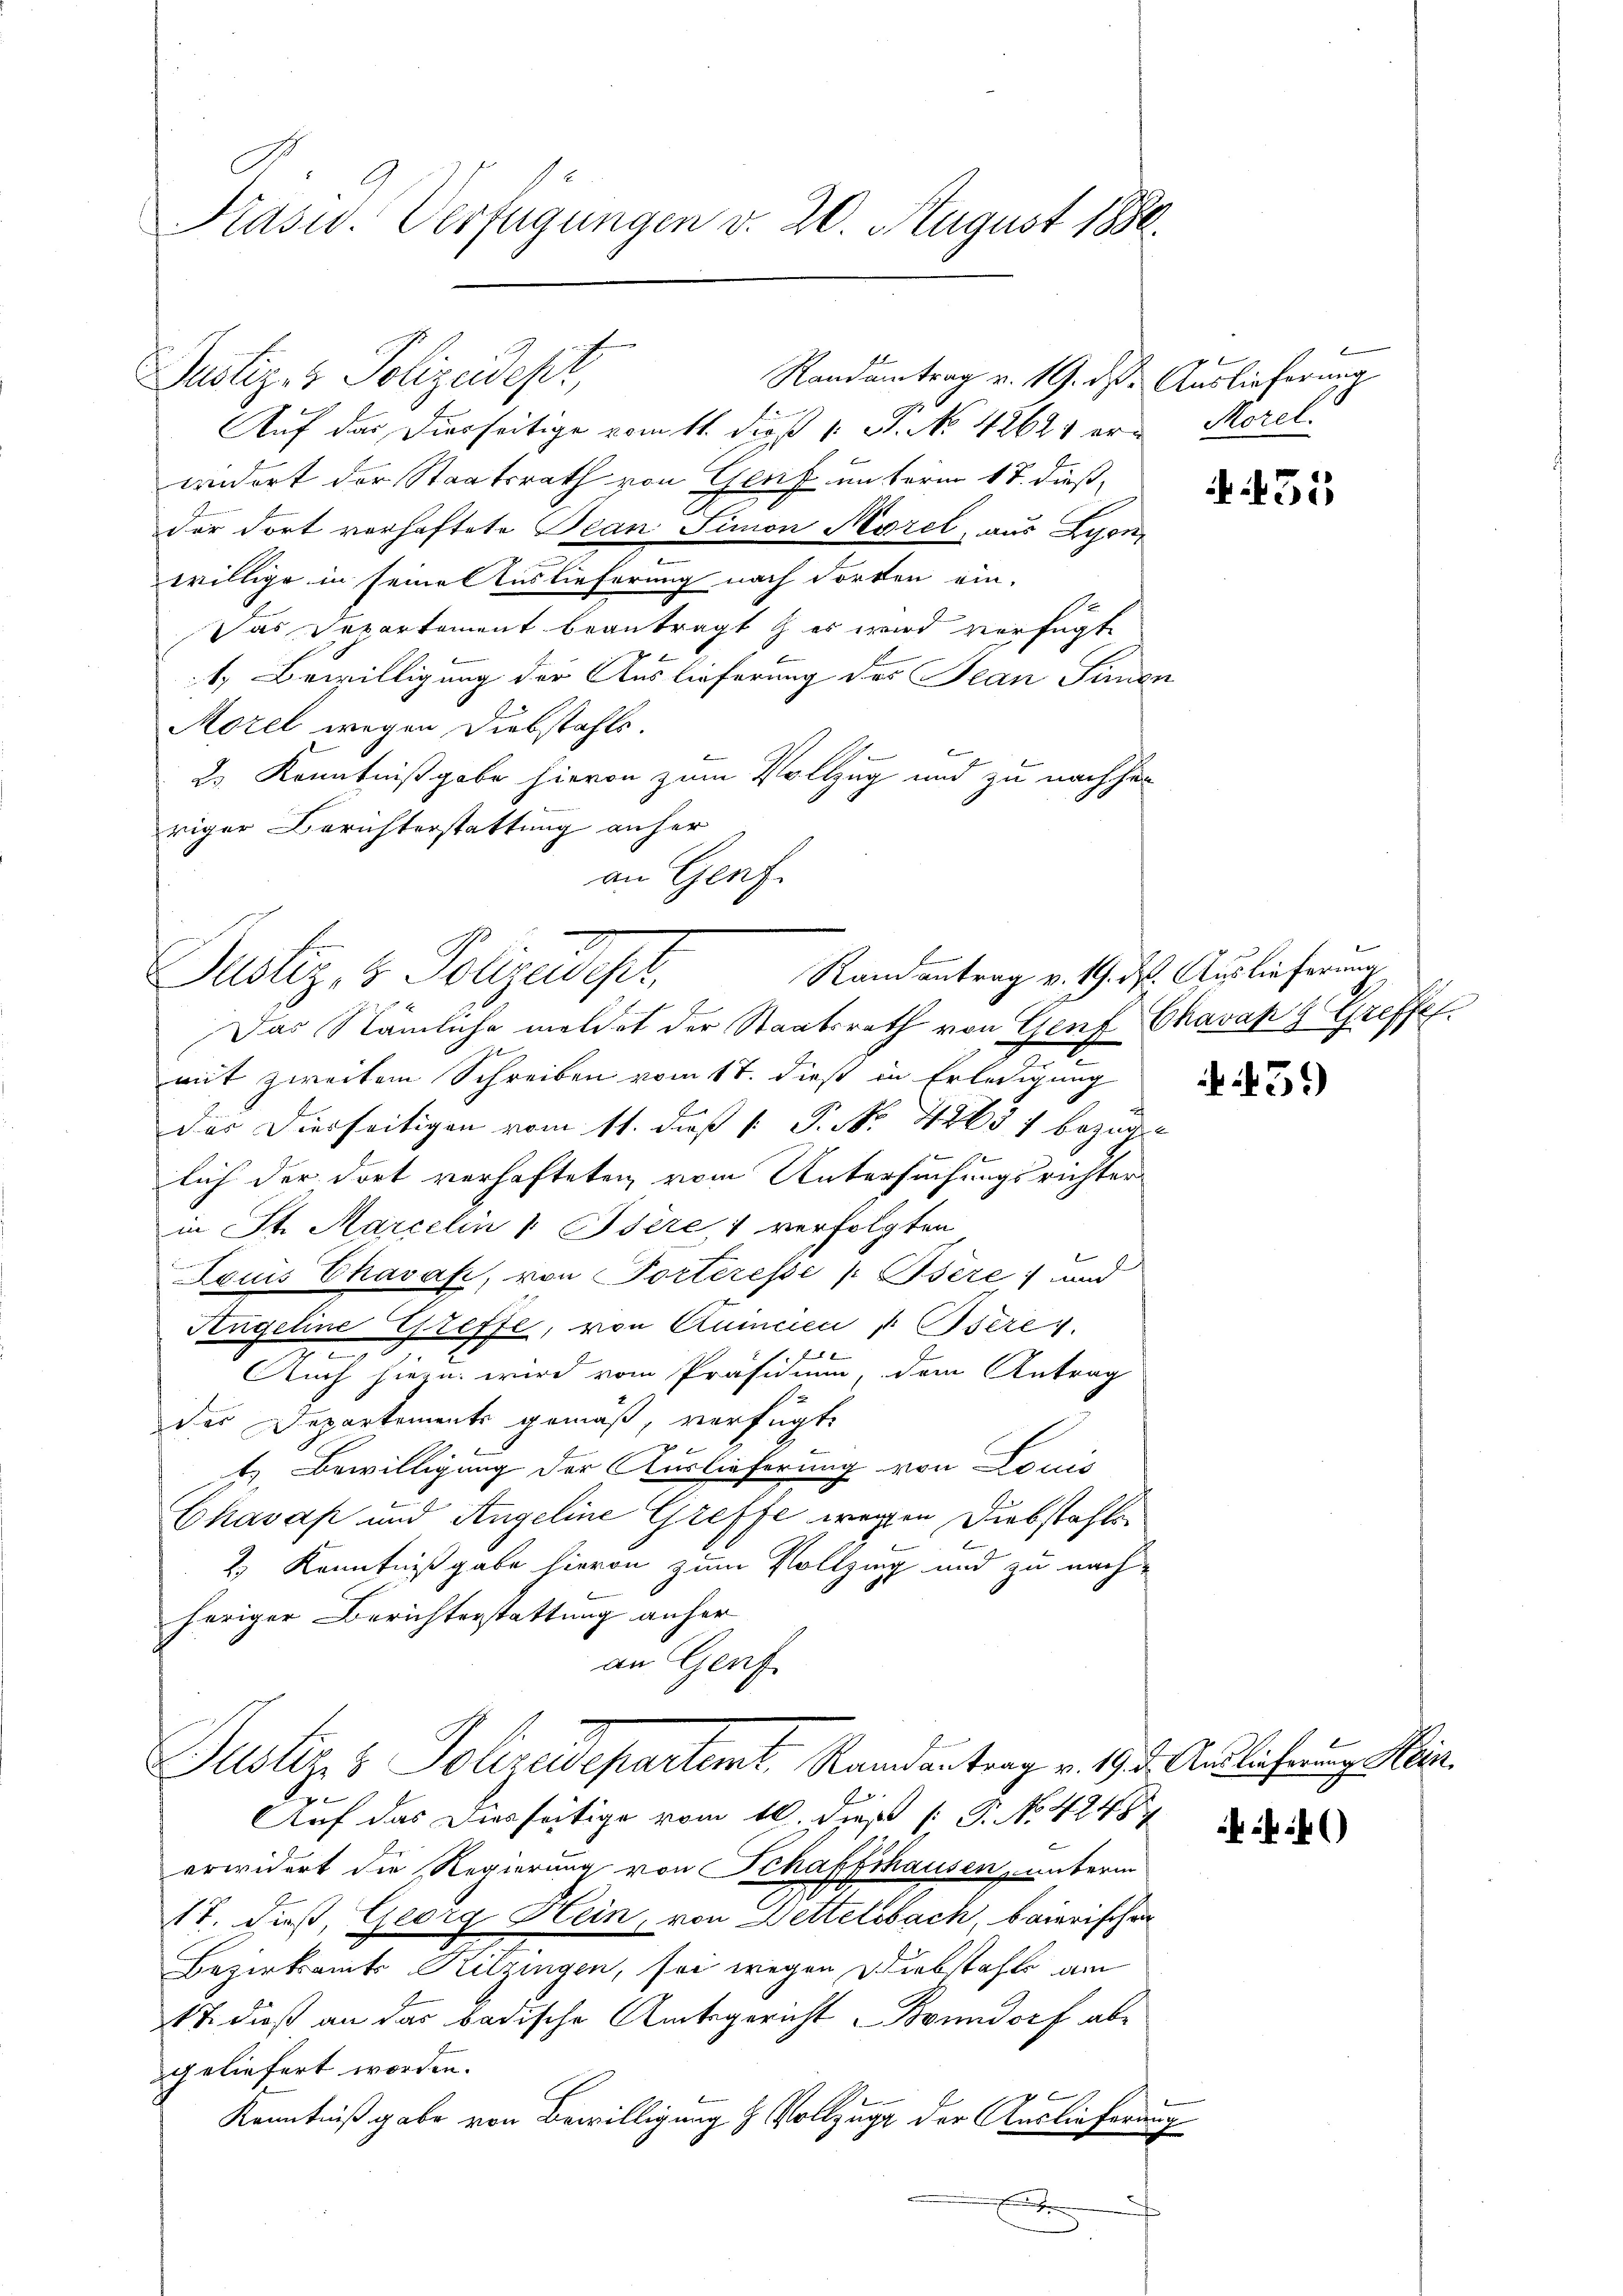
Präsid. Verfügungen v. 20. August 1880

Justiz- & Polizeidept,

Auf das Diesseitige vom 11. dieß 1 S. No. 42621 er- Morel
widert der Staatsrath von Genf unterm 17. dießder dort verhaftete Bean Simon Norel, aus Lyon,
willige in seine Auslieferung nach Forten ein-
Das Departement beantragt & es wird verfügt
1. Bewilligung der Auslieferung des Jean Simon
Morel wegen Diebstahls.
f
2.) Kenntnißgabe hievon zum Vollzug und zu nachher
riger Berichterstattung anher
an Genf.

Randantrag v. 19. ds. Auslieferung

Das Nämliche meldet der Staatsrath von Genf Chavakg Greffel.
mit zweitem Schreiben vom 17. dieß in Erledigung
das Dierseitigen vom 11. daß  P. Nr. 42637 bezoge
lich der dort verhafteten vom Untersuchungsrichter
in St. Marcelin 1. Isére 1 verfolgten
Louis Chavak, von Porteresse (: Bsère; und
Angeline Greffe, von Quincen , Osere
e
Auch hiezu wird vom Präsidium, dem Antrag
der Departements gemäß, verfügte
t. Bewilligung der Auslieferung von Louis
Chavap und Angeline Greffe wegen Diebstahlen
e
 |
2.) Kenntnißgabe hievon zum Vollzing und zu nachheriger Berichterstattung anher
an Genf
Justiz & Polizeidepartemt, Randantrag v. 195. Auslieferung Min.
Auf das Diesseitige vom 10. dieß (: P. No 4248
erwidert die Regierung von Schaffhausen, unterm
17. Fuß, Georg Hein, von Dettelsbach, Baierischen
Bezirksamts - Hitzingen, sei wegen Diebstahls am
117. dieß an das badische Amtsgericht Bonndorf abe
geliefert worden.
Kenntniß gabe von Bewilligung & Vollzug der Auslieferung

Randantrag v. 19. ds. Auslieferung
Justiz, v. Polizeidest,
E

35

459